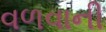
વળવાની